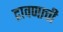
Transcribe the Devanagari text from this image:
द्रावणाची